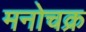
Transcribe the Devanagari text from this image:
मनोचक्र